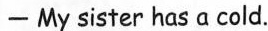
-My sister has a cold.